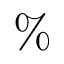
\%